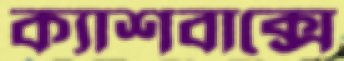
ক্যাশবাক্সে